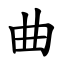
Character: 曲